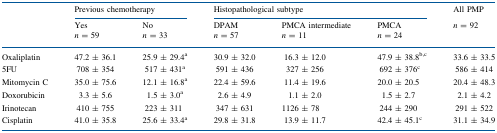
<table><thead><tr><td></td><td colspan="2"><b>Previous chemotherapy</b></td><td colspan="3"><b>Histopathological subtype</b></td><td><b>All PMP</b></td></tr><tr><td></td><td><b>Yes<i>n</i> = 59</b></td><td><b>No<i>n</i> = 33</b></td><td><b>DPAM<i>n</i> = 57</b></td><td><b>PMCA intermediate<i>n</i> = 11</b></td><td><b>PMCA<i>n</i> = 24</b></td><td><b><i>n</i> = 92</b></td></tr></thead><tbody><tr><td>Oxaliplatin</td><td>47.2 ± 36.1</td><td>25.9 ± 29.4<sup>a</sup></td><td>30.9 ± 32.0</td><td>16.3 ± 12.0</td><td>47.9 ± 38.8<sup>b,c</sup></td><td>33.6 ± 33.5</td></tr><tr><td>5FU</td><td>708 ± 354</td><td>517 ± 431<sup>a</sup></td><td>591 ± 436</td><td>327 ± 256</td><td>692 ± 376<sup>c</sup></td><td>586 ± 414</td></tr><tr><td>Mitomycin C</td><td>35.0 ± 75.6</td><td>12.1 ± 16.8<sup>a</sup></td><td>22.4 ± 59.6</td><td>11.4 ± 19.6</td><td>20.0 ± 20.5</td><td>20.4 ± 48.3</td></tr><tr><td>Doxorubicin</td><td>3.3 ± 5.6</td><td>1.5 ± 3.0<sup>a</sup></td><td>2.6 ± 4.9</td><td>1.1 ± 2.0</td><td>1.5 ± 2.7</td><td>2.1 ± 4.2</td></tr><tr><td>Irinotecan</td><td>410 ± 755</td><td>223 ± 311</td><td>347 ± 631</td><td>1126 ± 78</td><td>244 ± 290</td><td>291 ± 522</td></tr><tr><td>Cisplatin</td><td>41.0 ± 35.8</td><td>25.6 ± 33.4<sup>a</sup></td><td>29.8 ± 31.8</td><td>13.9 ± 11.7</td><td>42.4 ± 45.1<sup>c</sup></td><td>31.1 ± 34.9</td></tr></tbody></table>